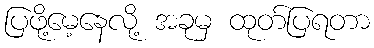
ပြဖို့မေ့နေလို့ အခုမှ ထုတ်ပြရတာ